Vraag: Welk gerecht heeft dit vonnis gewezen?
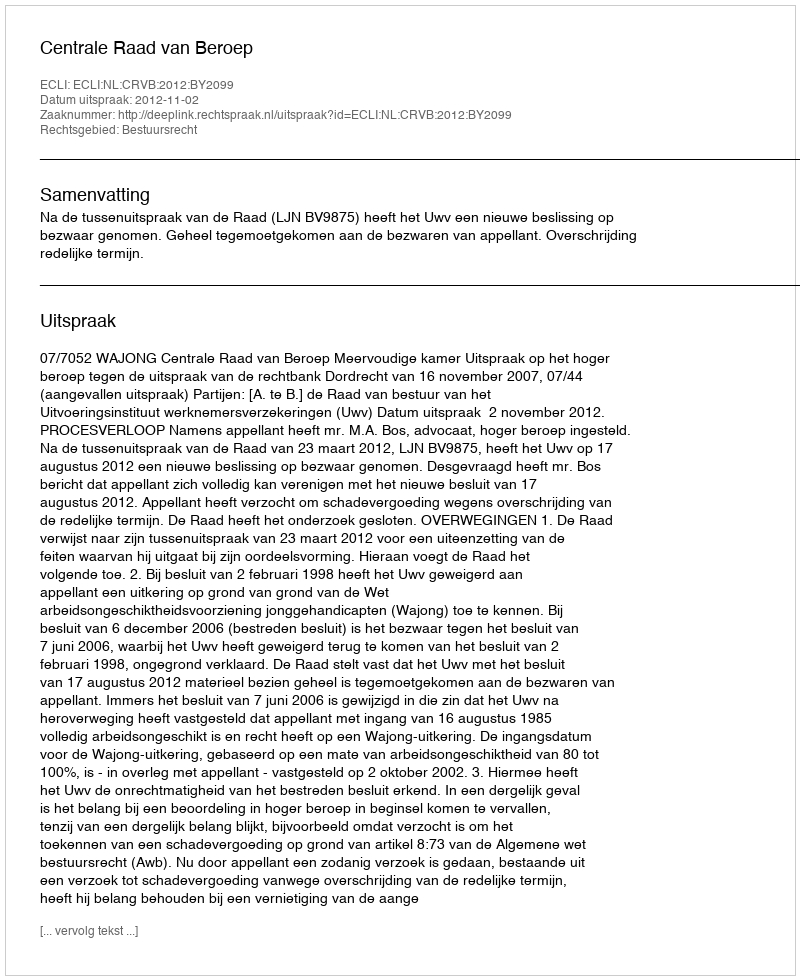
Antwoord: Centrale Raad van Beroep